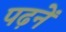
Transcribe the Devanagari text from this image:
पढ़नें